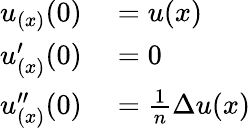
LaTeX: \begin{array}{rl}{u_{(x)}(0)}&{{}=u(x)}\\ {u_{(x)}^{\prime}(0)}&{{}=0}\\ {u_{(x)}^{\prime\prime}(0)}&{{}={\frac{1}{n}}\Delta u(x)}\end{array}